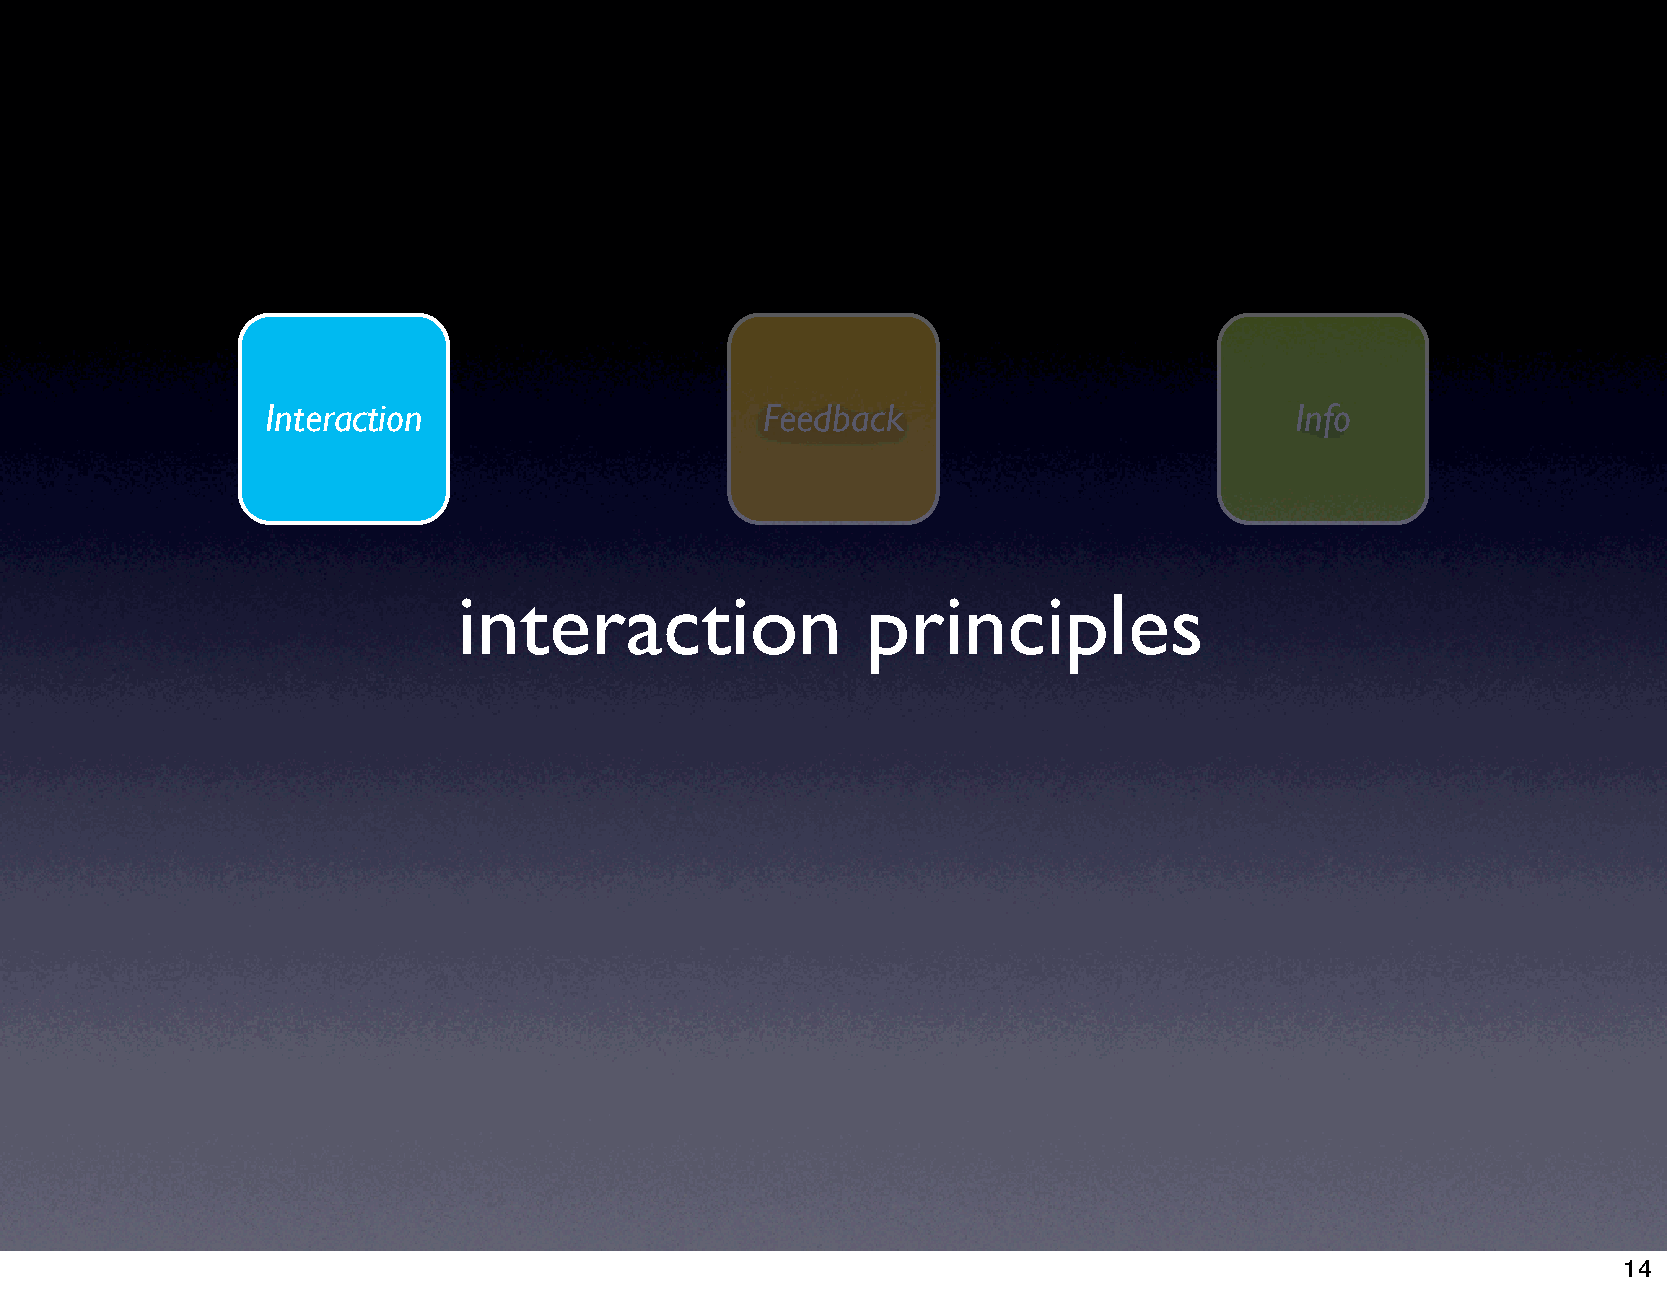
Interaction                      Feedback                           Info
 interaction                principles
 14